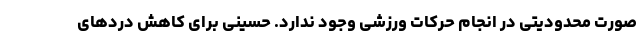
صورت محدودیتی در انجام حرکات ورزشی وجود ندارد. حسینی برای کاهش دردهای